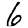
Digit: 6